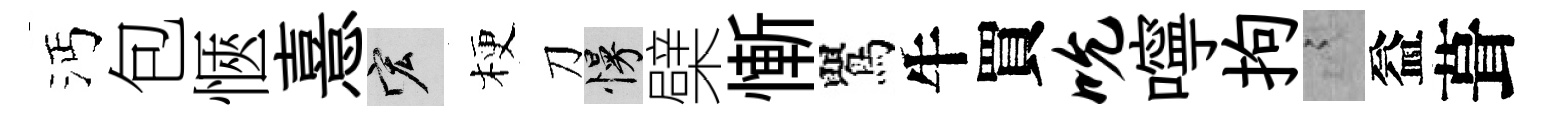
沔包愜憙宏梗刀慢檗慚鸎牛買吮嚀拘謭益葺